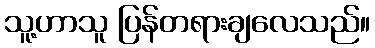
သူ့ဟာသူ ပြန်တရားချလေသည်။